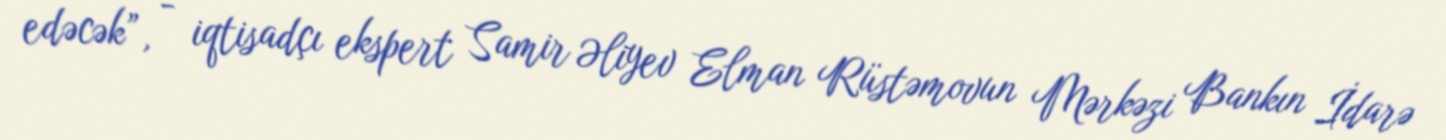
edəcək”, - iqtisadçı ekspert Samir Əliyev Elman Rüstəmovun Mərkəzi Bankın İdarə